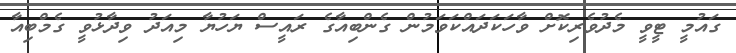
ގައުމީ ޓީވީ މެދުވެރިކޮށް ވާހަކަދައްކަވަމުން ގެންބިއާގެ ރައީސް ޔަހުޔާ މިއަދު ވިދާޅުވީ ގެމްބިއާ